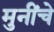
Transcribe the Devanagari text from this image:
मुनींचे